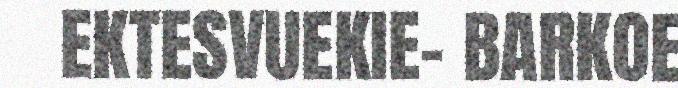
EKTESVUEKIE- BARKOE